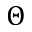
\Theta